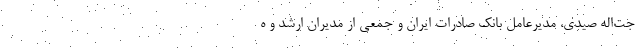
جت‌اله صیدی، مدیرعامل بانک صادرات ایران و جمعی از مدیران ارشد و ه